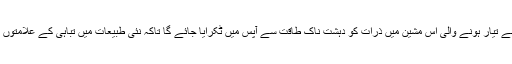
پانچ ارب پاوٴنڈ لاگت سے تیار ہونے والی اس مشین میں ذرات کو دہشت ناک طاقت سے آپس میں ٹکرایا جائے گا تاکہ نئی طبیعات میں تباہی کے علامتوں کو آشکار کیا جا سکے۔